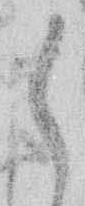
候